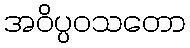
အဝိပ္ပဝသတော